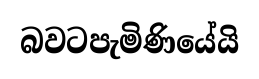
බවටපැමිණියේයි